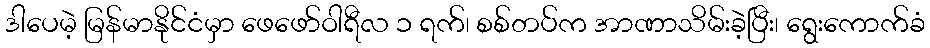
ဒါပေမဲ့ မြန်မာနိုင်ငံမှာ ဖေဖော်ဝါရီလ ၁ ရက်၊ စစ်တပ်က အာဏာသိမ်းခဲ့ပြီး၊ ရွေးကောက်ခံ